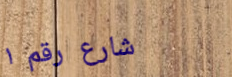
شارع رقم ١